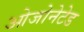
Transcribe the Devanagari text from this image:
ओजोनेटेड